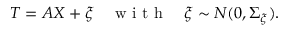
T = A X + \xi \quad \mathrm { ~ w ~ i ~ t ~ h ~ } \quad \xi \sim N ( 0 , \Sigma _ { \xi } ) .